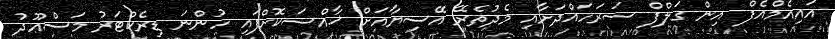
އައިއެމްއެފް އިން ގަލްފް ސަރަހައްދަށާއި މެދުތެރޭ އޭސިޔާއަށް ޚާއްސަކޮށްފައި ހުންނަ ޑިރެކްޓަރު މަސްޢޫދު